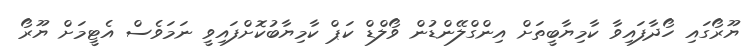
ޔޫރޯގައި ހޯދާފައިވާ ކާމިޔާބީތަށް އިންގްލޭންޑުން ވޯލްޑް ކަޕް ކާމިޔާބުކޮށްފައިވީ ނަމަވެސް އެޓީމަށް ޔޫރޯ